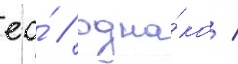
ео́ / одна́ко /